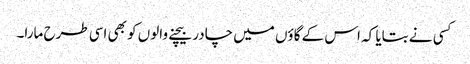
کسی نے بتایا کہ اس کے گاؤں میں چادر بیچنے والوں کو بھی اسی طرح مارا۔